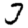
Digit: 3